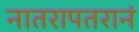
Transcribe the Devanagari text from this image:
नातरापतरानं